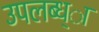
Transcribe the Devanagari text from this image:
उपलब्ध्ा